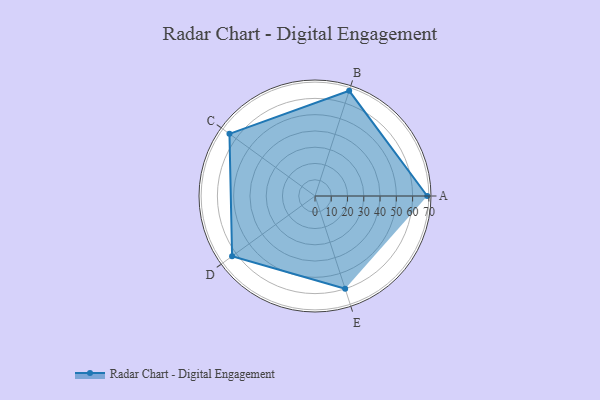
{"axis": {"x": "Skill", "y": "Score"}, "legend": ["Profile"], "data": [{"x": "A", "y": 69.0, "type": "Profile"}, {"x": "B", "y": 68.0, "type": "Profile"}, {"x": "C", "y": 65.0, "type": "Profile"}, {"x": "D", "y": 63.0, "type": "Profile"}, {"x": "E", "y": 60.0, "type": "Profile"}]}